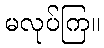
မလုပ်ကြ။